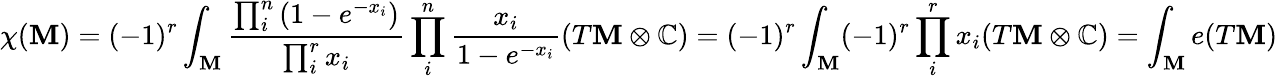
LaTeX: \chi(\mathbf{M})=(-1)^{r}\int_{\mathbf{M}}{\frac{{\prod_{i}^{n}\left(1-e^{-x_{i}}\right)}}{{\prod_{i}^{r}x_{i}}}}\prod_{i}^{n}{\frac{{x_{i}}}{{1-e^{-x_{i}}}}}(T\mathbf{M}\otimes\mathbb{{C}})=(-1)^{r}\int_{\mathbf{M}}(-1)^{r}\prod_{i}^{r}x_{i}(T\mathbf{M}\otimes\mathbb{{C}})=\int_{\mathbf{M}}e(T\mathbf{M})